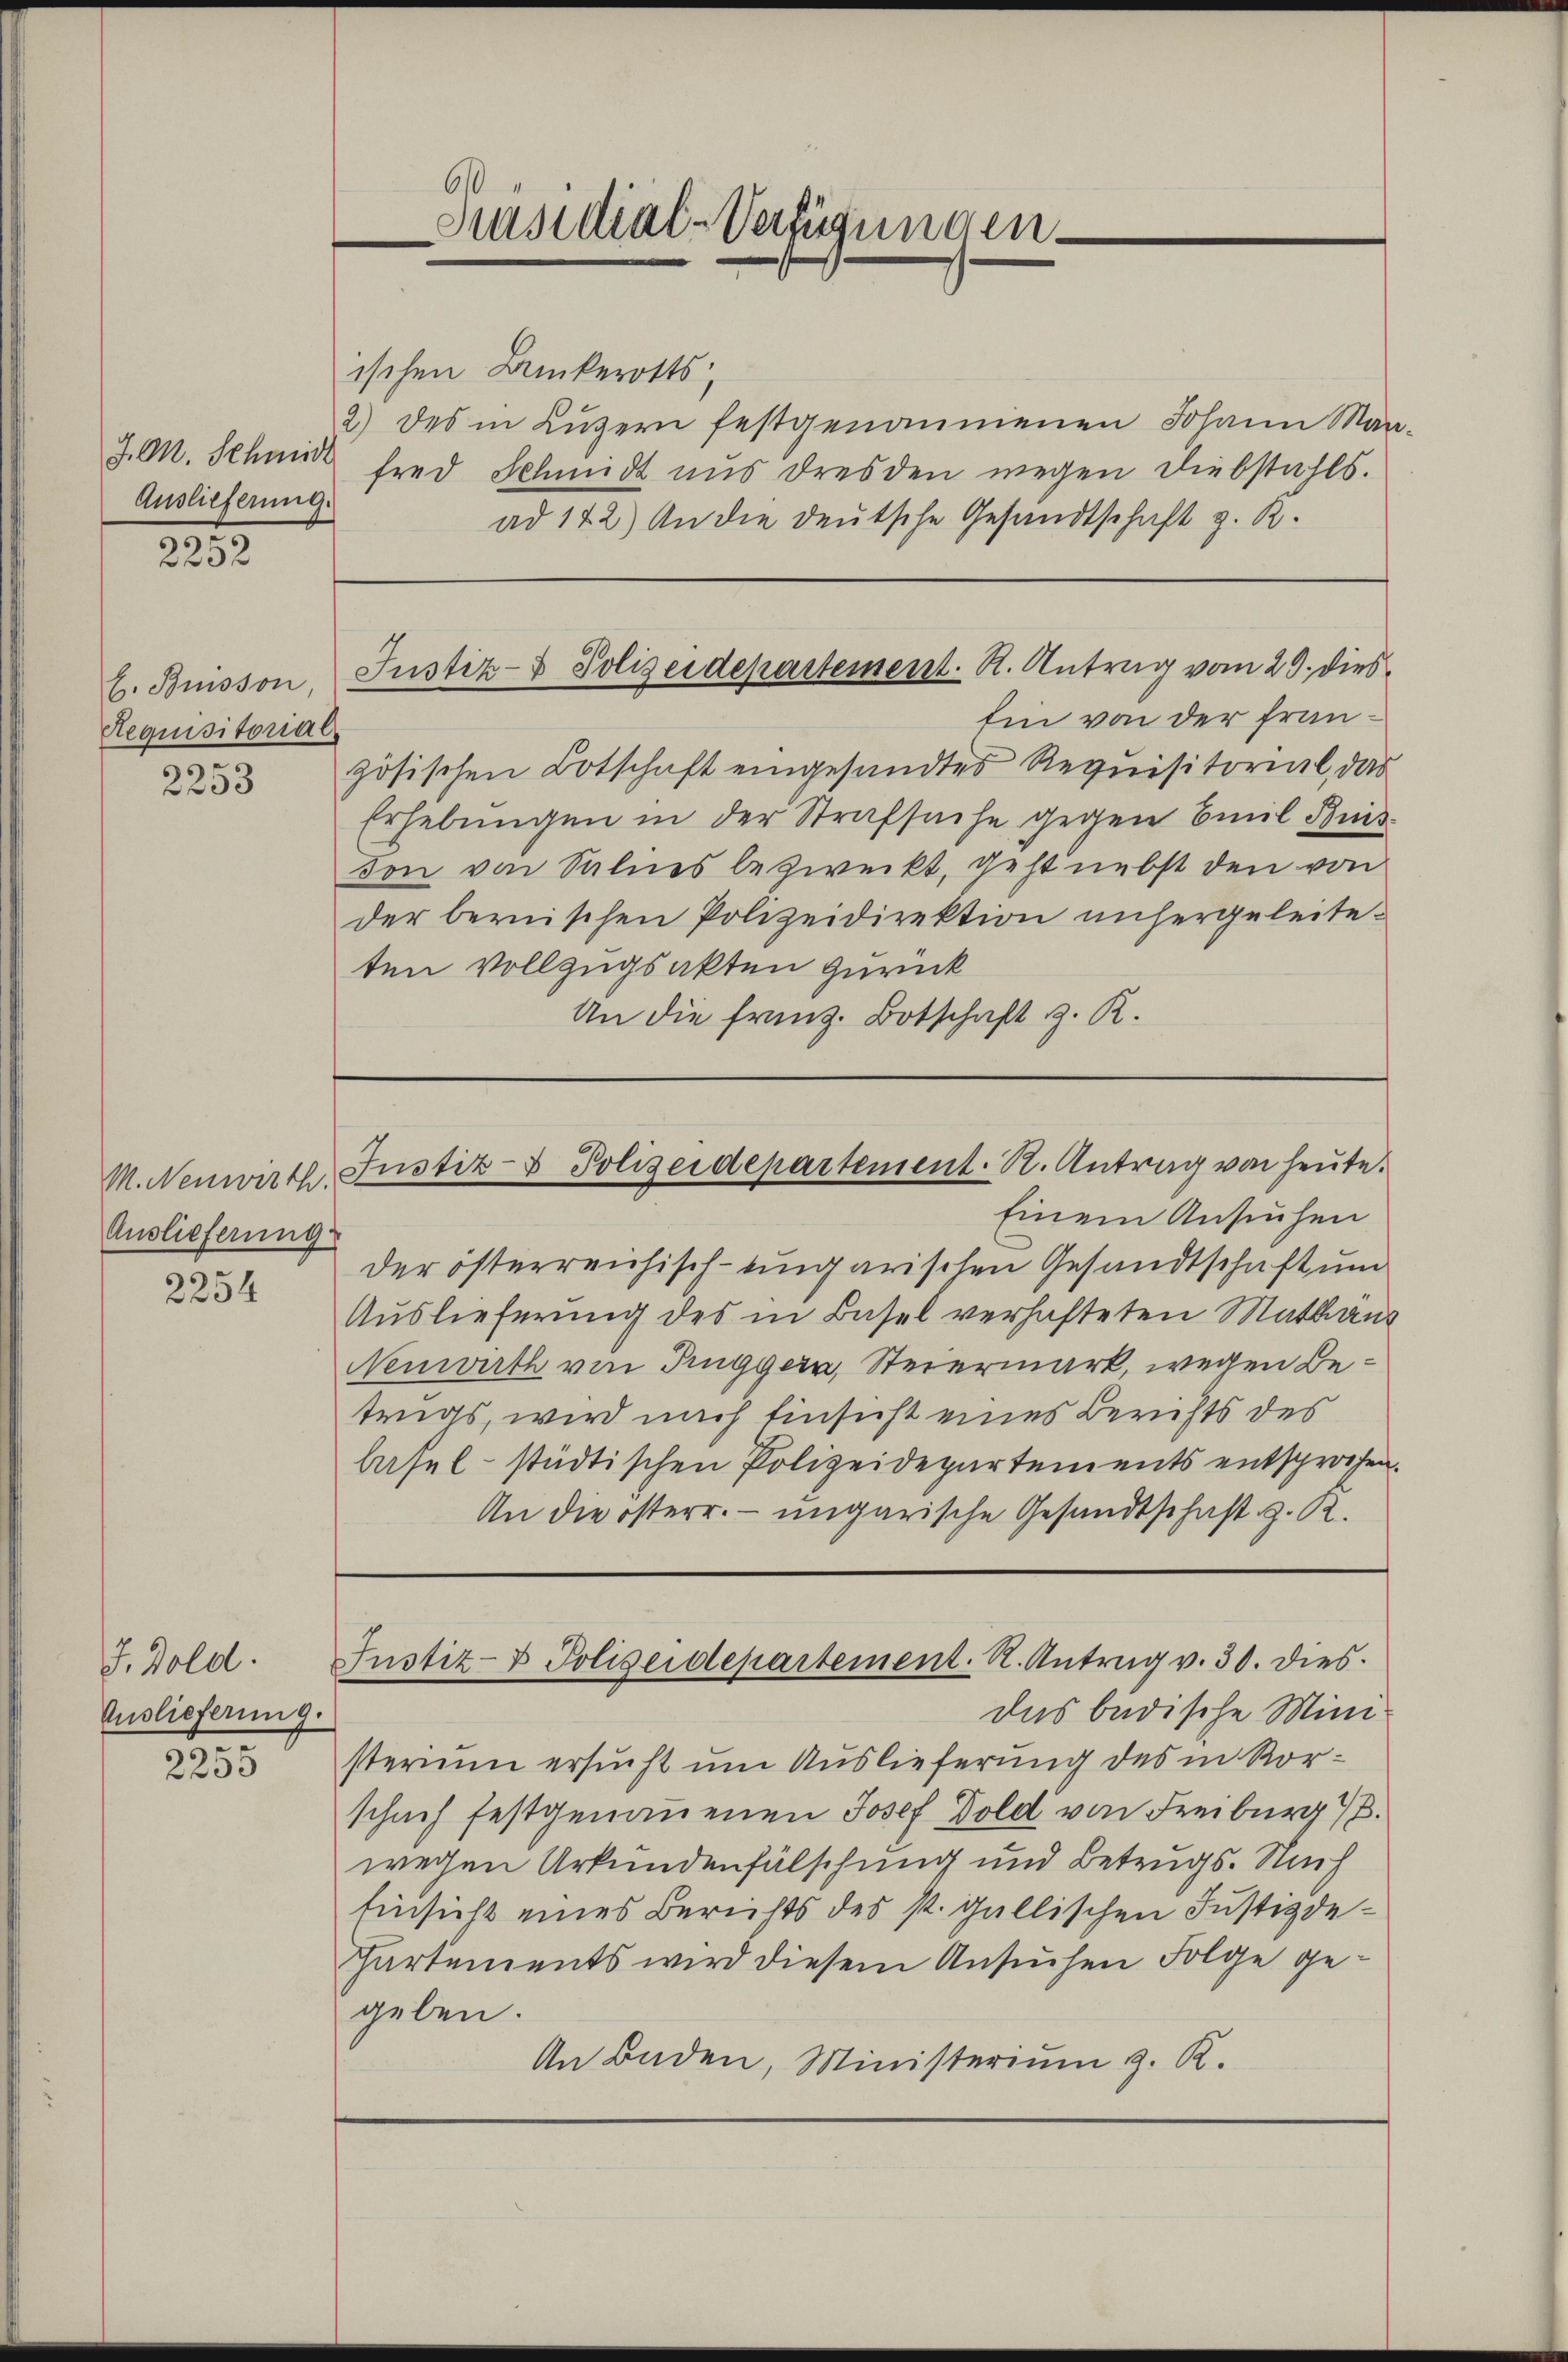
J. A. Schmidt
Auslieferung.

2212.

Requisitorial.

2253

M. Neuwirth.
Auslieferung

2254

J. Dold.
Auslieferung.

2255

6.
Präsidial-Verfügungen

ischen Buckerotts-
2) des in Lŭzern festgenommenen Johann Maa-
fred Schmidt aus Dresden wegen Diebstahls.
ad 142) An die deutsche Gesandtschaft z. B.

Ein von der Französischen Botschaft eingesandtes Requisitorial, das
Erhebungen in der Strafsuche gegen Emil Buis
don von Salnes bezweckt, geht nebst den von
der bernischen Polizeidirektion unsergeleiteten vollzugsakten zurück
An die franz. Botschaft z. R.

b. Buisson Justiz- & Polizeidepartement. R. Antrag vom 29. dies¬

Einem Ansuchen
der österreichisch-eingarischen Gesandtschaft um
Auslieferung des in Basel verhafteten Mathäus
Nenwirth von Pinggern, Steiermark, wegen Betrugs, wird nach Einsicht eines Berichts des
basel- städtischen Polizeidepartements entsprochen.
An die österr. ungarische Gesandtschaft z. R.
Justiz- & Polizeidepartement. R. Antrag v. 30. dies
das badische Ministerium ersucht um Auslieferung des in Rorschach festgenommenen Josef Dold von Freiburg 1.
wegen Urkundenfälschung und Betrugs. Nach
Einsicht eines Berichts des st. gallischen Justizde¬
Cartements wird diesem Ansuchen Folge gegeben.
An Baden, Ministerium z. R.

Justiz- & Polizeidepartement. R. Antrag von heute.